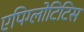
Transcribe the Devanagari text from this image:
एपिग्लोटिटिस